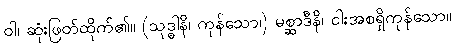
ဝါ၊ ဆုံးဖြတ်ထိုက်၏။ (သုဒ္ဓါနိ၊ ကုန်သော၊) မစ္ဆာဒီနိ၊ ငါးအစရှိကုန်သော။